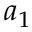
a _ { 1 }